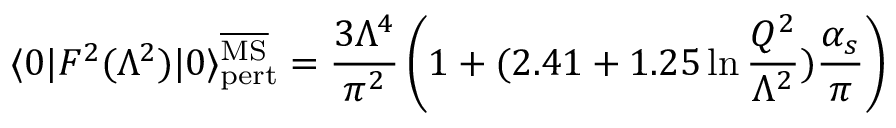
\langle 0 | F ^ { 2 } ( \Lambda ^ { 2 } ) | 0 \rangle _ { \mathrm { p e r t } } ^ { \overline { { \mathrm { M S } } } } = { \frac { 3 \Lambda ^ { 4 } } { \pi ^ { 2 } } } \left( 1 + ( 2 . 4 1 + 1 . 2 5 \ln { \frac { Q ^ { 2 } } { \Lambda ^ { 2 } } } ) { \frac { \alpha _ { s } } { \pi } } \right)